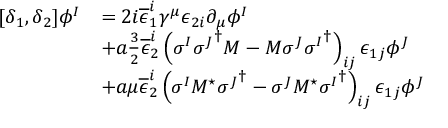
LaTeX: \begin{array} { l l } { { [ \delta _ { 1 } , \delta _ { 2 } ] \phi ^ { I } } } & { { = 2 i \overline { { { \epsilon } } } _ { 1 } ^ { i } \gamma ^ { \mu } \epsilon _ { 2 i } \partial _ { \mu } \phi ^ { I } } } \\ { { } } & { { + a \frac { 3 } { 2 } \overline { { { \epsilon } } } _ { 2 } ^ { i } \left( \sigma ^ { I } { \sigma ^ { J } } ^ { \dagger } M - M \sigma ^ { J } { \sigma ^ { I } } ^ { \dagger } \right) _ { i j } \epsilon _ { 1 j } \phi ^ { J } } } \\ { { } } & { { + a \mu \overline { { { \epsilon } } } _ { 2 } ^ { i } \left( \sigma ^ { I } M ^ { \star } { \sigma ^ { J } } ^ { \dagger } - \sigma ^ { J } M ^ { \star } { \sigma ^ { I } } ^ { \dagger } \right) _ { i j } \epsilon _ { 1 j } \phi ^ { J } } } \end{array}